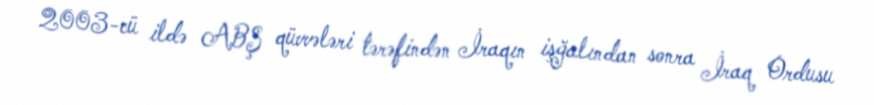
2003-cü ildə ABŞ qüvvələri tərəfindən İraqın işğalından sonra İraq Ordusu